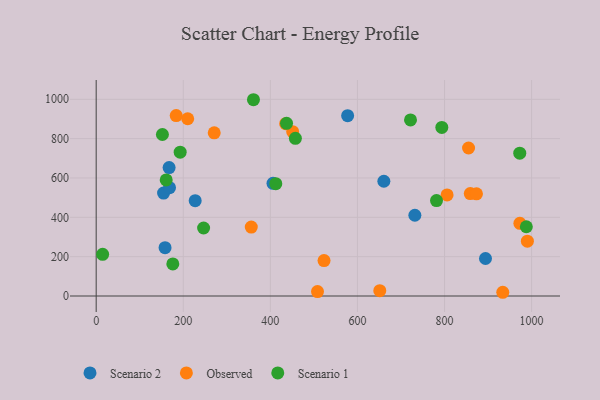
{"axis": {"x": "Distance", "y": "Demand"}, "legend": ["Observed", "Scenario 1", "Scenario 2"], "data": [{"x": "894.1", "y": 190.6, "type": "Scenario 2"}, {"x": "154.8", "y": 523.3, "type": "Scenario 2"}, {"x": "660.7", "y": 583.3, "type": "Scenario 2"}, {"x": "158.2", "y": 245.7, "type": "Scenario 2"}, {"x": "731.9", "y": 410.5, "type": "Scenario 2"}, {"x": "227.4", "y": 484.7, "type": "Scenario 2"}, {"x": "406.1", "y": 572.6, "type": "Scenario 2"}, {"x": "168.4", "y": 550.5, "type": "Scenario 2"}, {"x": "577.5", "y": 916.5, "type": "Scenario 2"}, {"x": "167.5", "y": 652.7, "type": "Scenario 2"}, {"x": "271.1", "y": 829.5, "type": "Observed"}, {"x": "210.2", "y": 901.2, "type": "Observed"}, {"x": "435.2", "y": 875.8, "type": "Observed"}, {"x": "855.2", "y": 752.3, "type": "Observed"}, {"x": "933.8", "y": 19.0, "type": "Observed"}, {"x": "859.2", "y": 520.7, "type": "Observed"}, {"x": "356.2", "y": 350.2, "type": "Observed"}, {"x": "651.3", "y": 26.9, "type": "Observed"}, {"x": "508.3", "y": 22.8, "type": "Observed"}, {"x": "973.1", "y": 369.7, "type": "Observed"}, {"x": "183.8", "y": 917.3, "type": "Observed"}, {"x": "523.3", "y": 180.0, "type": "Observed"}, {"x": "990.3", "y": 278.9, "type": "Observed"}, {"x": "451.3", "y": 835.4, "type": "Observed"}, {"x": "805.9", "y": 514.1, "type": "Observed"}, {"x": "873.4", "y": 519.3, "type": "Observed"}, {"x": "192.9", "y": 731.1, "type": "Scenario 1"}, {"x": "361.2", "y": 997.8, "type": "Scenario 1"}, {"x": "781.6", "y": 485.3, "type": "Scenario 1"}, {"x": "793.8", "y": 856.9, "type": "Scenario 1"}, {"x": "176.0", "y": 163.2, "type": "Scenario 1"}, {"x": "721.9", "y": 895.0, "type": "Scenario 1"}, {"x": "457.5", "y": 801.8, "type": "Scenario 1"}, {"x": "437.2", "y": 877.6, "type": "Scenario 1"}, {"x": "14.8", "y": 211.8, "type": "Scenario 1"}, {"x": "160.8", "y": 589.9, "type": "Scenario 1"}, {"x": "987.9", "y": 352.2, "type": "Scenario 1"}, {"x": "152.1", "y": 820.9, "type": "Scenario 1"}, {"x": "412.5", "y": 570.8, "type": "Scenario 1"}, {"x": "972.8", "y": 726.2, "type": "Scenario 1"}, {"x": "246.7", "y": 345.8, "type": "Scenario 1"}]}